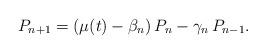
LaTeX: \begin{align*}P_{n+1} = (\mu(t) - \beta_n) \, P_n - \gamma_n \, P_{n-1}.\end{align*}